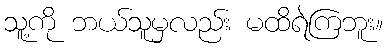
သူ့ကို ဘယ်သူမှလည်း မထိရဲကြဘူး။